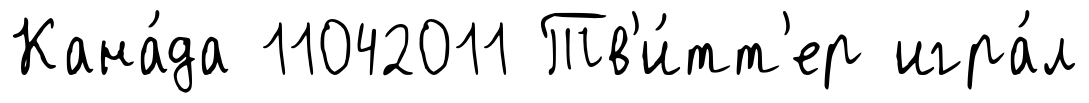
Кана́да 11042011 Тв'и́тт'ер игра́л